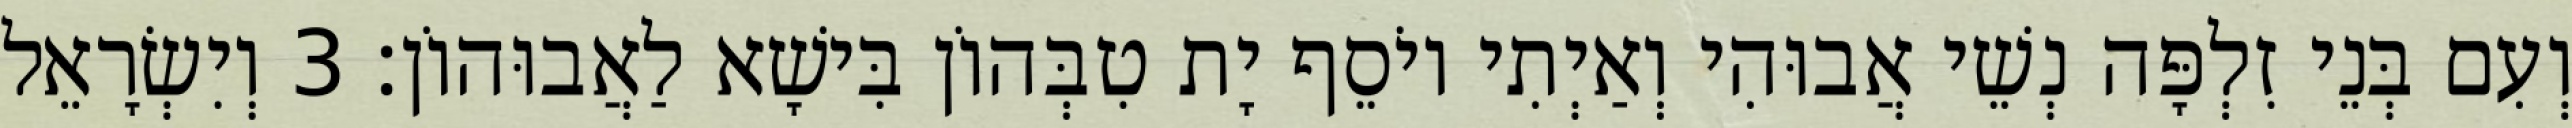
וְעִם בְּנֵי זִלְפָּה נְשֵׁי אֲבוּהִי וְאַיְתִי יוֹסֵף יָת טִבְּהוֹן בִּישָׁא לַאֲבוּהוֹן׃ 3 וְיִשְׂרָאֵל